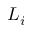
L _ { i }